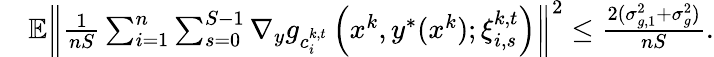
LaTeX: \begin{array}{rl}&{\mathbb{E}\left\| \frac{1}{nS}\sum_{i=1}^{n}\sum_{s=0}^{S-1}\nabla_{y}g_{c_{i}^{k,t}}\left(x^{k},y^{*}(x^{k});\xi_{i,s}^{k,t}\right)\right\| ^{2}\leq\frac{2(\sigma_{g,1}^{2}+\sigma_{g}^{2})}{nS}.}\end{array}